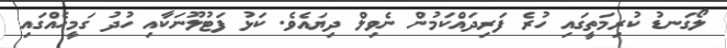
ލޯގަނޑު ކުރިމަތީގައި ހުރެ ފަރިދައްކަމުން ނެވިލް ދިޔައެވެ. ކަޅު ފަޓުލޫނަކާއި ހުދު ގަމީހެއްގައި